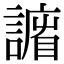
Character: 𧫨